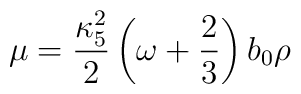
\mu={{\kappa^2 _5} \over 2} \left(\omega + {2 \over 3} \right) b_0 \rho